Annual statistical returns and brief notes on vaccination in Bengal - 1896-1909
Year: 1896
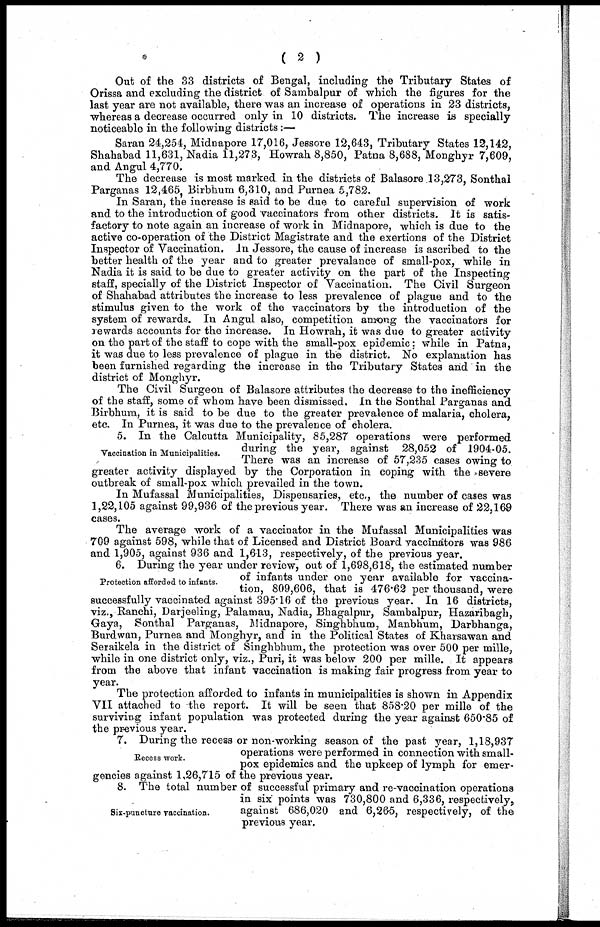
( 2 )
Out of the 33 districts of Bengal, including the Tributary States of
Orissa and excluding the district of Sambalpur of which the figures for the
last year are not available, there was an increase of operations in 23 districts,
whereas a decrease occurred only in 10 districts. The increase is specially
noticeable in the following districts:—
Saran 24,254, Midnapore 17,016, Jessore 12,643, Tributary States 12,142,
Shahabad 11,631, Nadia 11,273, Howrah 8,850, Patna 8,688, Monghyr 7,609,
and Angul 4,770.
The decrease is most marked in the districts of Balasore 13,273, Sonthal
Parganas 12,465, Birbhum 6,310, and Purnea 5,782.
In Saran, the increase is said to be due to careful supervision of work
and to the introduction of good vaccinators from other districts. It is satis-
factory to note again an increase of work in Midnapore, which is due to the
active co-operation of the District Magistrate and the exertions of the District
Inspector of Vaccination. In Jessore, the cause of increase is ascribed to the
better health of the year and to greater prevalance of small-pox, while in
Nadia it is said to be due to greater activity on the part of the Inspecting
staff, specially of the District Inspector of Vaccination. The Civil Surgeon
of Shahabad attributes the increase to less prevalence of plague and to the
stimulus given to the work of the vaccinators by the introduction of the
system of rewards. In Angul also, competition among the vaccinators for
rewards accounts for the increase. In Howrah, it was due to greater activity
on the part of the staff to cope with the small-pox epidemic; while in Patna,
it was due to less prevalence of plague in the district. No explanation has
been furnished regarding the increase in the Tributary States and in the
district of Monghyr.
The Civil Surgeon of Balasore attributes the decrease to the inefficiency
of the staff, some of whom have been dismissed. In the Sonthal Parganas and
Birbhum, it is said to be due to the greater prevalence of malaria, cholera,
etc. In Purnea, it was due to the prevalence of cholera.
Vaccination in Municipalities.
5. In the Calcutta Municipality, 85,287 operations were performed
during the year, against 28,052 of 1904-05.
There was an increase of 57,235 cases owing to
greater activity displayed by the Corporation in coping with the severe
outbreak of small-pox which prevailed in the town.
In Mufassal Municipalities, Dispensaries, etc., the number of cases was
1,22,105 against 99,936 of the previous year. There was an increase of 22,169
cases.
The average work of a vaccinator in the Mufassal Municipalities was
709 against 598, while that of Licensed and District Board vaccinators was 986
and 1,905, against 936 and 1,613, respectively, of the previous year.
Protection afforded to infants.
6. During the year under review, out of 1,698,618, the estimated number
of infants under one year available for vaccina-
tion, 809,606, that is 476.62 per thousand, were
successfully vaccinated against 395.16 of the previous year. In 16 districts,
viz., Ranchi, Darjeeling, Palamau, Nadia, Bhagalpur, Sambalpur, Hazaribagh,
Gaya, Sonthal Parganas, Midnapore, Singhbhum, Manbhum, Darbhanga,
Burdwan, Purnea and Monghyr, and in the Political States of Kharsawan and
Seraikela in the district of Singhbhum, the protection was over 500 per mille,
while in one district only, viz., Puri, it was below 200 per mille. It appears
from the above that infant vaccination is making fair progress from year to
year.
The protection afforded to infants in municipalities is shown in Appendix
VII attached to the report. It will be seen that 858.20 per mille of the
surviving infant population was protected during the year against 650.85 of
the previous year.
Recess work.
7. During the recess or non-working season of the past year, 1,18,937
operations were performed in connection with small-
pox epidemics and the upkeep of lymph for emer-
gencies against 1,26,715 of the previous year.
Six-puncture vaccination.
8. The total number of successful primary and re-vaccination operations
in six points was 730,800 and 6,336, respectively,
against 686,020 and 6,265, respectively, of the
previous year.